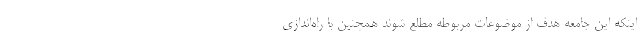
اینکه این جامعه هدف از موضوعات مربوطه مطلع شوند همچنین با راه‌اندازی